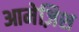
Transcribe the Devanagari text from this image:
आमेज़िश